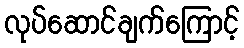
လုပ်ဆောင်ချက်ကြောင့်